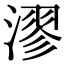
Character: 漻